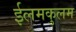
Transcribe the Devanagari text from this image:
ईलमकुलम